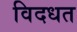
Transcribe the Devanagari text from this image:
विदधत